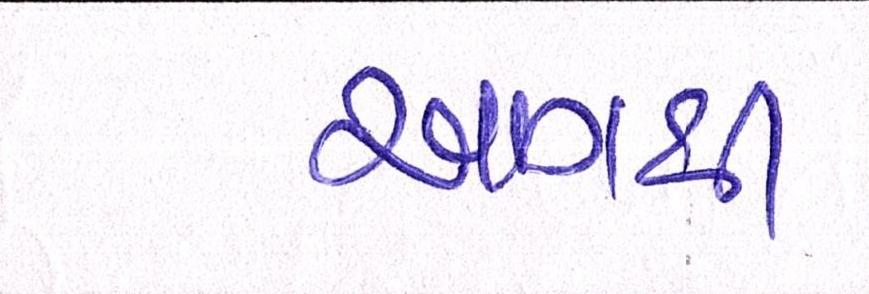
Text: આગથી